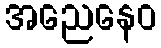
အညေနေဝ